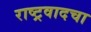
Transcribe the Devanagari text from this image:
राष्ट्रवादचा